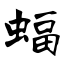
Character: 蝠